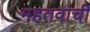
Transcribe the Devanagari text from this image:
महतवाची